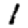
Digit: 1